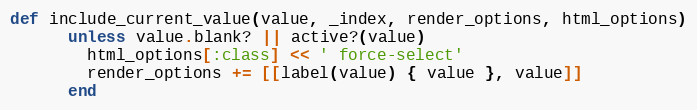
Language: Ruby
def include_current_value(value, _index, render_options, html_options)
      unless value.blank? || active?(value)
        html_options[:class] << ' force-select'
        render_options += [[label(value) { value }, value]]
      end